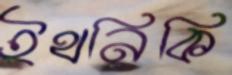
ইথনিকি